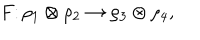
LaTeX: F \colon \rho _ { 1 } \otimes \rho _ { 2 } \to \rho _ { 3 } \otimes \rho _ { 4 } ,